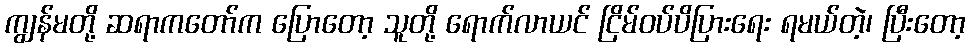
ကျွန်မတို့ ဆရာကတော်က ပြောတော့ သူတို့ ရောက်လာယင် ငြိမ်ဝပ်ပိပြားရေး ရမယ်တဲ့၊ ပြီးတော့